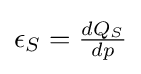
\epsilon _{S}={\tfrac {dQ_{S}}{dp}}